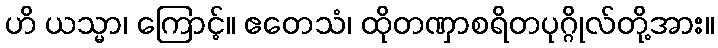
ဟိ ယသ္မာ၊ ကြောင့်။ ဧတေသံ၊ ထိုတဏှာစရိတပုဂ္ဂိုလ်တို့အား။